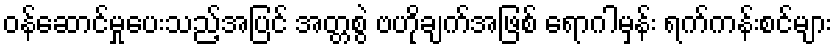
ဝန်ဆောင်မှုပေးသည့်အပြင် အတ္တစွဲ ဗဟိုချက်အဖြစ် ရောဂါမှန်း ရက်ကန်းစင်များ